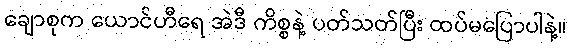
ချောစုက ယောင်ဟီရေ အဲဒီ ကိစ္စနဲ့ ပတ်သတ်ပြီး ထပ်မပြောပါနဲ့။